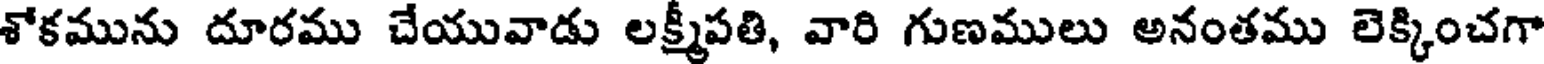
శోకమును దూరము చేయువాడు లక్ష్మీపతి, వారి గుణములు అనంతము లెక్కించగా